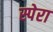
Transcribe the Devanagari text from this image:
स्पेरा